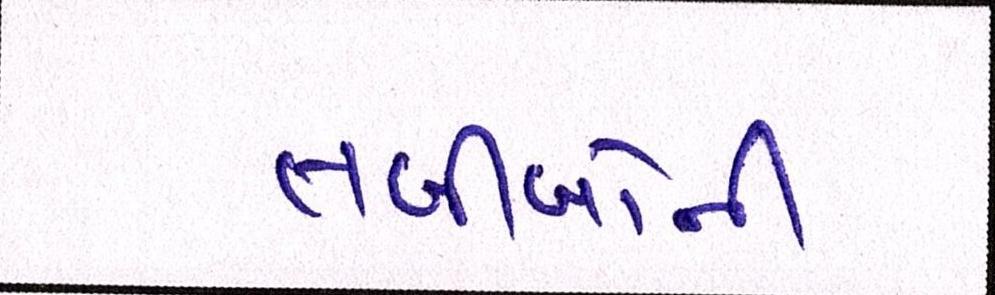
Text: તબીબોની